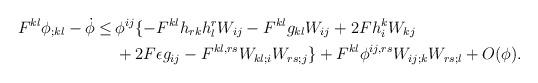
LaTeX: \begin{align*}F^{kl} \phi_{;kl} - \dot{\phi} \leq& \, \phi^{ij} \{ -F^{kl} h_{rk} h^r_l W_{ij} - F^{kl} g_{kl} W_{ij} + 2F h_i^k W_{kj}\\& \, +2F \epsilon g_{ij} - F^{kl,rs} W_{kl;i} W_{rs;j}\} + F^{kl} \phi^{ij,rs} W_{ij;k} W_{rs;l}+ O (\phi).\end{align*}